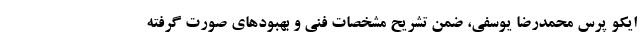
ایکو پرس محمدرضا یوسفی، ضمن تشریح مشخصات فنی و بهبودهای صورت گرفته